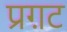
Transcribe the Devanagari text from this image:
प्रग़ट